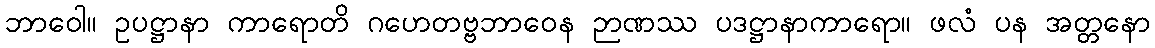
ဘာဝေါ။ ဥပဋ္ဌာနာ ကာရောတိ ဂဟေတဗ္ဗဘာဝေန ဉာဏဿ ပဒဋ္ဌာနာကာရော။ ဖလံ ပန အတ္တနော